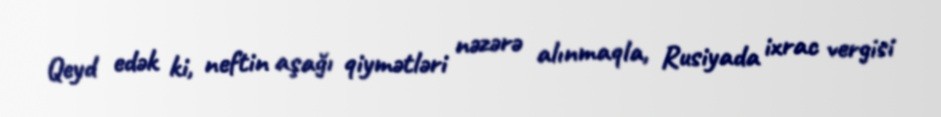
Qeyd edək ki, neftin aşağı qiymətləri nəzərə alınmaqla, Rusiyada ixrac vergisi